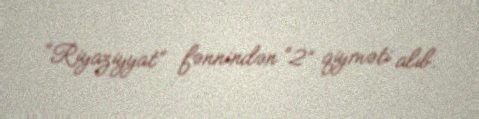
“Riyaziyyat” fənnindən “2” qiyməti alıb.